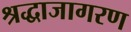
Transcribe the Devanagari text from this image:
श्रद्धाजागरण